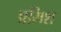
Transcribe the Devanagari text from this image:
प्रसिश